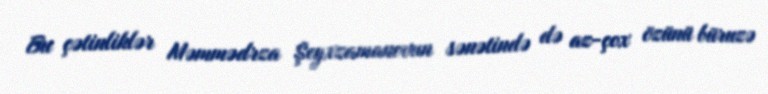
Bu çətinliklər Məmmədrza Şeyxzamanovun sənətində də az-çox özünü büruzə